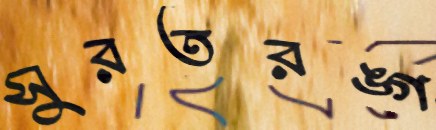
সুরতরঙ্গ